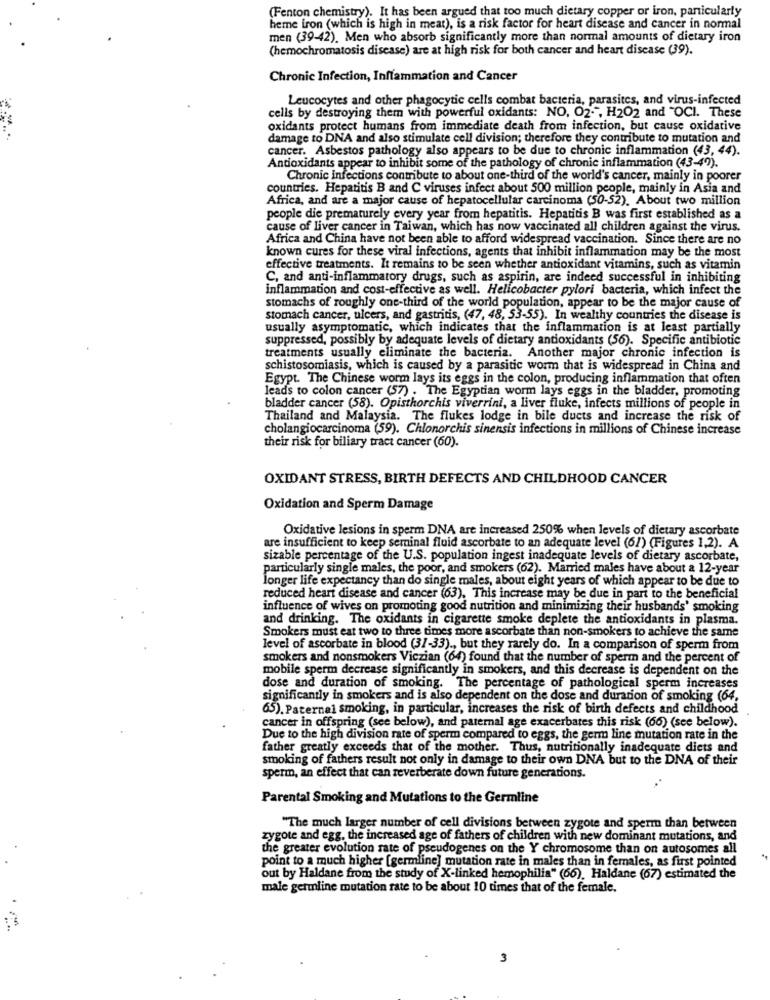
(Fenton chemistry). It has been argued that too much dietary copper or iron, panicularly
heme iron (which is high in meat), is a risk factor for heart disease and cancer in normal
men (39-42). Men who absorb significantly more than normal amounts of dietary iron
(hemochromatosis disease) are at high risk for both cancer and heart disease (39).
Chronic Infection, Inflammation and Cancer
Leucocytes and other phagocytic cells combat bacteria, parasites, and virus-infected
cells by destroying them with powerful oxidants: NO, O2-", H2O2 and "OCI. These
oxidants protect humans from immediate death from infection, but cause oxidative
damage to DNA and also stimulate cell division; therefore they contribute to mutation and
cancer. Asbestos pathology also appears to be due to chronic inflammation (43, 44).
Antioxidants appear to inhibit some of the pathology of chronic inflammation (43-49).
Chronic infections contribute to about one-third of the world's cancer, mainly in poorer
countries. Hepatitis B and C viruses infect about 500 million people, mainly in Asia and
Africa, and are a major cause of hepatocellular carcinoma (50-52). About two million
people die prematurely every year from hepatitis. Hepatitis B was first established as a
cause of liver cancer in Taiwan, which has now vaccinated all children against the virus.
Africa and China have not been able to afford widespread vaccination. Since there are no
known cures for these viral infections, agents that inhibit inflammation may be the most
effective treatments. It remains to be seen whether antioxidant vitamins, such as vitamin
C, and anti-inflammatory drugs, such as aspirin, are indeed successful in inhibiting
inflammation and cost-effective as well. Helicobacter pylori bacteria, which infect the
stomachs of roughly one-third of the world population, appear to be the major cause of
stomach cancer, ulcers, and gastritis, (47, 48, 53-55). In wealthy countries the disease is
usually asymptomatic, which indicates that the inflammation is at least partially
suppressed, possibly by adequate levels of dietary antioxidants (56). Specific antibiotic
treatments usually eliminate the bacteria. Another major chronic infection is
schistosomiasis, which is caused by a parasitic worm that is widespread in China and
Egypt. The Chinese worm lays its eggs in the colon, producing inflammation that often
leads to colon cancer (57) . The Egyptian worm lays eggs in the bladder, promoting
bladder cancer (58). Opisthorchis viverrini, a liver fluke, infects millions of people in
Thailand and Malaysia. The flukes lodge in bile ducts and increase the risk of
cholangiocarcinoma (59). Chlonorchis sinensis infections in millions of Chinese increase
their risk for biliary tract cancer (60).
OXIDANT STRESS, BIRTH DEFECTS AND CHILDHOOD CANCER
Oxidation and Sperm Damage
Oxidative lesions in sperm DNA are increased 250% when levels of dietary ascorbate
are insufficient to keep seminal fluid ascorbate to an adequate level (67) (Figures 1,2). A
sizable percentage of the U.S. population ingest inadequate levels of dietary ascorbate,
particularly single males, the poor, and smokers (62). Married males have about a 12-year
longer life expectancy than do single males, about eight years of which appear to be due to
reduced heart disease and cancer (63). This increase may be due in part to the beneficial
influence of wives on promoting good nutrition and minimizing their husbands' smoking
and drinking. The oxidants in cigarette smoke deplete the antioxidants in plasma.
Smokers must eat two to three times more ascorbate than non-smokers to achieve the same
level of ascorbate in blood (31-33) ., but they rarely do. In a comparison of sperm from
smokers and nonsmokers Viczian (64) found that the number of sperm and the percent of
mobile sperm decrease significantly in smokers, and this decrease is dependent on the
dose and duration of smoking. The percentage of pathological sperm increases
significantly in smokers and is also dependent on the dose and duration of smoking (64,
65). Paternal smoking, in particular, increases the risk of birth defects and childhood
cancer in offspring (see below), and paternal age exacerbates this risk (66) (see below).
Due to the high division rate of sperm compared to eggs, the germ line mutation rate in the
father greatly exceeds that of the mother. Thus, nutritionally inadequate diets and
smoking of fathers result not only in damage to their own DNA but to the DNA of their
sperm, an effect that can reverberate down future generations.
Parental Smoking and Mutations to the Germline
"The much larger number of cell divisions between zygote and sperm than between
zygote and egg, the increased age of fathers of children with new dominant mutations, and
the greater evolution rate of pseudogenes on the Y chromosome than on autosomes all
point to a much higher [germline] mutation rate in males than in females, as first pointed
out by Haldane from the study of X-linked hemophilia" (66). Haldane (67) estimated the
male germline mutation rate to be about 10 times that of the female.
3